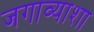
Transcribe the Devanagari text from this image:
जगाव्याशा